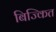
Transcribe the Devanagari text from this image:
बिज्कित